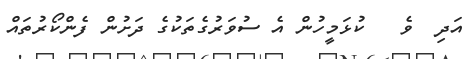
އަދި  ވެ   ކުޅަމީހުން އެ ސުވަރުގެތަކުގެ ދަށުން ފެންކޯރުތައް